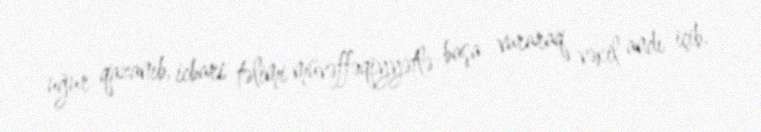
uğur qazanıb, icbari təlimi müvəffəqiyyətlə başa vuraraq vəkil andı içib.